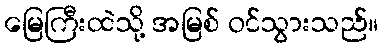
မြေကြီးထဲသို့ အမြစ် ဝင်သွားသည်။